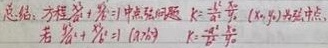
总结：方程\(\frac{x^{2}}{a^{2}}+\frac{y^{2}}{b^{2}} = 1\)中弦中点问题，\(k =-\frac{b^{2}x_{0}}{a^{2}y_{0}}\)（\((x_{0},y_{0})\)为弦中点）。若\(\frac{x^{2}}{A}+\frac{y^{2}}{B}=1\)（\(A,B\gt0\)），\(k =-\frac{Bx_{0}}{Ay_{0}}\)。